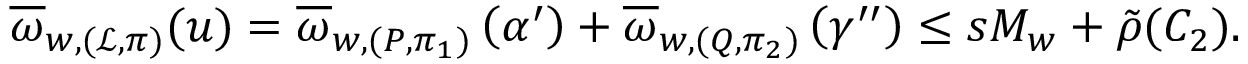
\overline { { \omega } } _ { w , ( \mathcal { L } , \pi ) } ( \boldsymbol { u } ) = \overline { { \omega } } _ { w , ( P , \pi _ { 1 } ) } \left( \boldsymbol { \alpha ^ { \prime } } \right) + \overline { { \omega } } _ { w , ( Q , \pi _ { 2 } ) } \left( \boldsymbol { \gamma ^ { \prime \prime } } \right) \leq s M _ { w } + \tilde { \rho } ( C _ { 2 } ) .